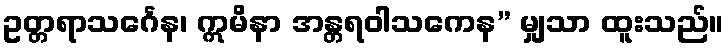
ဥတ္တရာသင်္ဂေန၊ ဣမိနာ အန္တရဝါသကေန” မျှသာ ထူးသည်။